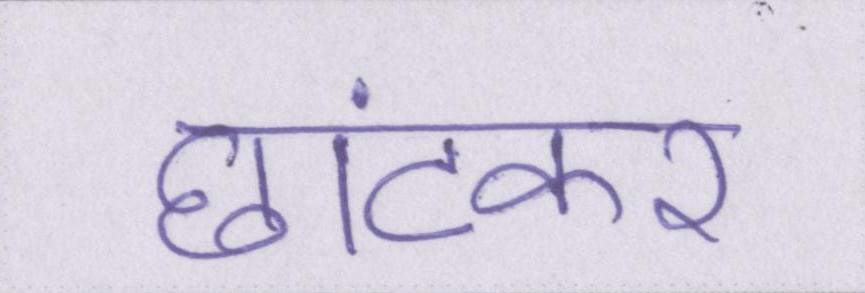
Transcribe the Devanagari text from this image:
छांटकर